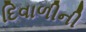
દિવાળીની